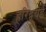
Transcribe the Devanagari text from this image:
हरिद्वयई